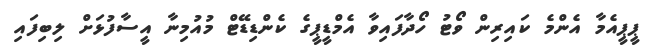
ޕީޕީއެމާ އެންމެ ކައިރިން ވޯޓު ހޯދާފައިވާ އެމްޑީޕީގެ ކެންޑިޑޭޓް މުއުމިނާ އީސާފުޅަށް ލިބިފައި